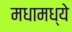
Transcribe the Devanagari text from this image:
मधामध्ये